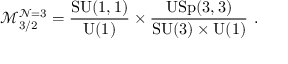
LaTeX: \mathcal { M } _ { 3 / 2 } ^ { \mathcal { N } = 3 } = \frac { \mathrm { S U } ( 1 , 1 ) } { \mathrm { U } ( 1 ) } \times \frac { \mathrm { U S p } ( 3 , 3 ) } { \mathrm { S U } ( 3 ) \times \mathrm { U } ( 1 ) } ~ .